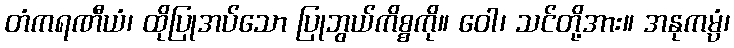
တံကရဏီယံ၊ ထိုပြုအပ်သော ပြုဘွယ်ကိစ္စကို။ ဝေါ၊ သင်တို့အား။ အနုကမ္ပံ၊